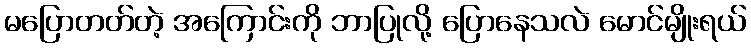
မပြောတတ်တဲ့ အကြောင်းကို ဘာပြုလို့ ပြောနေသလဲ မောင်မျိုးရယ်